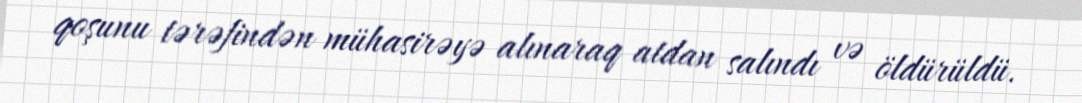
qoşunu tərəfindən mühasirəyə alınaraq atdan salındı və öldürüldü.